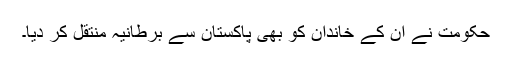
حکومت نے ان کے خاندان کو بھی پاکستان سے برطانیہ منتقل کر دیا۔